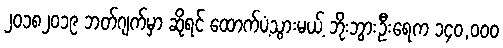
၂၀၁၈၂၀၁၉ ဘတ်ဂျက်မှာ ဆိုရင် ထောက်ပံ့သွားမယ့် ဘိုးဘွားဦးရေက ၁၄၀,၀၀၀